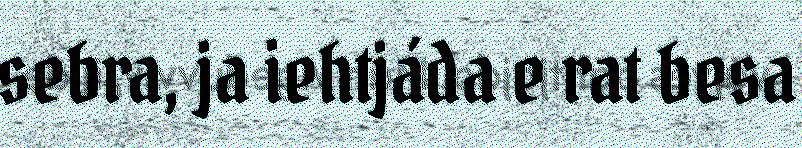
sebra, ja iehtjáda e rat besa